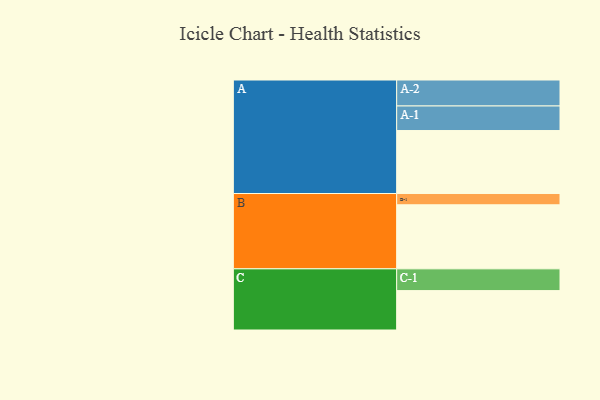
{"axis": {"x": "Segment", "y": "Value"}, "legend": ["", "A", "B", "C"], "data": [{"x": "A", "y": 587, "type": ""}, {"x": "B", "y": 597, "type": ""}, {"x": "C", "y": 367, "type": ""}, {"x": "A-1", "y": 229, "type": "A"}, {"x": "A-2", "y": 242, "type": "A"}, {"x": "B-1", "y": 105, "type": "B"}, {"x": "C-1", "y": 203, "type": "C"}]}